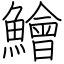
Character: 鱠